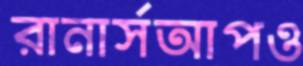
রানার্সআপও